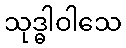
သုဒ္ဓါဝါသေ